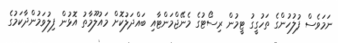
ނަމަވެސް ފުލުހުންގެ ތަހުގީގު ޓީމުން ރިސޯޓުގެ މެނޭޖްމަންޓާއި ބައްދަލުކޮށް މައުލޫމާތު އޮޅުން ފިލުވަމުންދާކަމުގެ